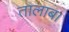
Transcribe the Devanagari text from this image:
तालाब।